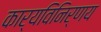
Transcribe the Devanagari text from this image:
कार्यविनिर्णय